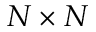
N \times N